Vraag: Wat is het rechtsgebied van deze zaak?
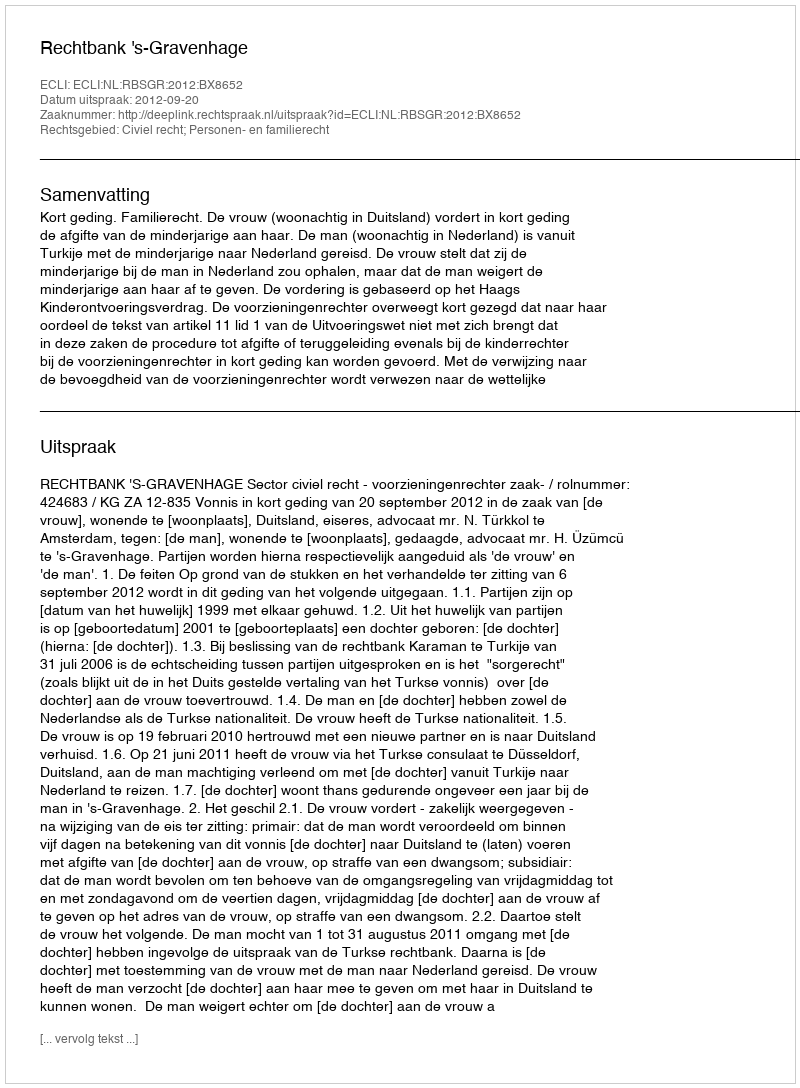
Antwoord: Civiel recht; Personen- en familierecht